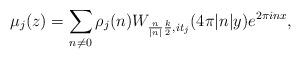
LaTeX: \begin{align*} \mu_j(z) = \sum_{n \neq 0} \rho_j(n) W_{\frac{n}{\lvert n \rvert} \frac{k}{2}, it_j}(4\pi \lvert n \rvert y) e^{2\pi i n x},\end{align*}